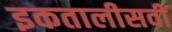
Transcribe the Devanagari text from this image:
इकतालीसवीं